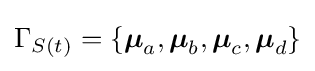
\Gamma _{S(t)}=\{{\boldsymbol {\mu }}_{a},{\boldsymbol {\mu }}_{b},{\boldsymbol {\mu }}_{c},{\boldsymbol {\mu }}_{d}\}